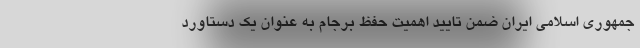
جمهوری اسلامی ایران ضمن تایید اهمیت حفظ برجام به عنوان یک دستاورد